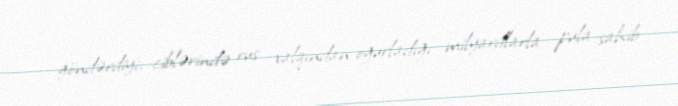
göndərdiyi, ciblərində rus xalqından oğurladığı milyardlarla pula sahib